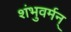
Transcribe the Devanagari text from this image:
शंभुवर्मन्